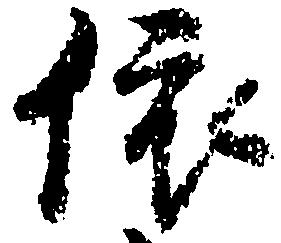
依